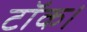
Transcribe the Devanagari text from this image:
टॉक।